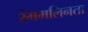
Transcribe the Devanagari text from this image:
रंगमलिनता